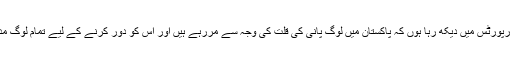
امریکا سے اپنے ویڈیو پیغام میں پاکستانی نژاد برطانوی باکسر عامر خان نے کہا کہ میں نے مختلف رپورٹس میں دیکھ رہا ہوں کہ پاکستان میں لوگ پانی کی قلت کی وجہ سے مررہے ہیں اور اس کو دور کرنے کے لیے تمام لوگ مدد کررہے ہیں لہذا میں بھی پاکستان میں ڈیموں کی تعمیر کے لیے 10 لاکھ روپے عطیہ کر رہا ہوں۔